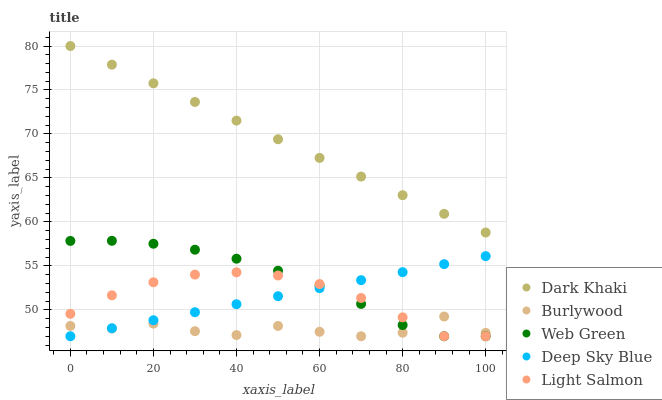
| xaxis_label | Dark Khaki | Burlywood | Web Green | Deep Sky Blue | Light Salmon |
 | --- | --- | --- | --- | --- | --- |
 | 0 | 80 | 48.2 | 57.8 | 47 | 49.6 |
 | 10 | 77.9 | 47.9 | 57.9 | 47.9 | 51.7 |
 | 20 | 75.8 | 48.4 | 57.5 | 48.8 | 53.1 |
 | 30 | 73.6 | 47.6 | 56.8 | 49.7 | 54 |
 | 40 | 71.5 | 47.1 | 55.8 | 50.6 | 54.3 |
 | 50 | 69.4 | 48.2 | 54.4 | 51.6 | 53.9 |
 | 60 | 67.3 | 47.5 | 52.7 | 52.5 | 52.9 |
 | 70 | 65.2 | 47 | 50.7 | 53.4 | 51.4 |
 | 80 | 63 | 47.4 | 48.3 | 54.3 | 49.2 |
 | 90 | 60.9 | 49.2 | 47 | 55.2 | 47 |
 | 100 | 58.8 | 47.4 | 47 | 56.1 | 47 |